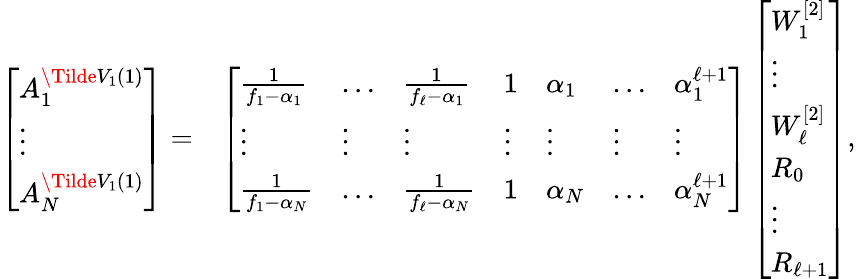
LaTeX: \begin{array}{rl}{\left[\begin{array}{l}{A_{1}^{\Tilde{V}_{1}(1)}}\\ {\vdots}\\ {A_{N}^{\Tilde{V}_{1}(1)}}\end{array}\right]=}&{\left[\begin{array}{lllllll}{\frac{1}{f_{1}-\alpha_{1}}}&{\dotsc}&{\frac{1}{f_{\ell}-\alpha_{1}}}&{1}&{\alpha_{1}}&{\dotsc}&{\alpha_{1}^{\ell+1}}\\ {\vdots}&{\vdots}&{\vdots}&{\vdots}&{\vdots}&{\vdots}&{\vdots}\\ {\frac{1}{f_{1}-\alpha_{N}}}&{\dotsc}&{\frac{1}{f_{\ell}-\alpha_{N}}}&{1}&{\alpha_{N}}&{\dotsc}&{\alpha_{N}^{\ell+1}}\end{array}\right]\left[\begin{array}{l}{W_{1}^{[2]}}\\ {\vdots}\\ {W_{\ell}^{[2]}}\\ {R_{0}}\\ {\vdots}\\ {R_{\ell+1}}\end{array}\right],}\end{array}